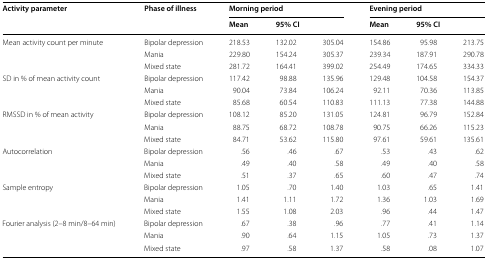
<table><thead><tr><td rowspan="2"><b>Activity parameter</b></td><td rowspan="2"><b>Phase of illness</b></td><td colspan="3"><b>Morning period</b></td><td colspan="3"><b>Evening period</b></td></tr><tr><td><b>Mean</b></td><td colspan="2"><b>95% CI</b></td><td><b>Mean</b></td><td colspan="2"><b>95% CI</b></td></tr></thead><tbody><tr><td rowspan="3">Mean activity count per minute</td><td>Bipolar depression</td><td>218.53</td><td>132.02</td><td>305.04</td><td>154.86</td><td>95.98</td><td>213.75</td></tr><tr><td>Mania</td><td>229.80</td><td>154.24</td><td>305.37</td><td>239.34</td><td>187.91</td><td>290.78</td></tr><tr><td>Mixed state</td><td>281.72</td><td>164.41</td><td>399.02</td><td>254.49</td><td>174.65</td><td>334.33</td></tr><tr><td rowspan="3">SD in % of mean activity count</td><td>Bipolar depression</td><td>117.42</td><td>98.88</td><td>135.96</td><td>129.48</td><td>104.58</td><td>154.37</td></tr><tr><td>Mania</td><td>90.04</td><td>73.84</td><td>106.24</td><td>92.11</td><td>70.36</td><td>113.85</td></tr><tr><td>Mixed state</td><td>85.68</td><td>60.54</td><td>110.83</td><td>111.13</td><td>77.38</td><td>144.88</td></tr><tr><td rowspan="3">RMSSD in % of mean activity</td><td>Bipolar depression</td><td>108.12</td><td>85.20</td><td>131.05</td><td>124.81</td><td>96.79</td><td>152.84</td></tr><tr><td>Mania</td><td>88.75</td><td>68.72</td><td>108.78</td><td>90.75</td><td>66.26</td><td>115.23</td></tr><tr><td>Mixed state</td><td>84.71</td><td>53.62</td><td>115.80</td><td>97.61</td><td>59.61</td><td>135.61</td></tr><tr><td rowspan="3">Autocorrelation</td><td>Bipolar depression</td><td>.56</td><td>.46</td><td>.67</td><td>.53</td><td>.43</td><td>.62</td></tr><tr><td>Mania</td><td>.49</td><td>.40</td><td>.58</td><td>.49</td><td>.40</td><td>.58</td></tr><tr><td>Mixed state</td><td>.51</td><td>.37</td><td>.65</td><td>.60</td><td>.47</td><td>.74</td></tr><tr><td rowspan="3">Sample entropy</td><td>Bipolar depression</td><td>1.05</td><td>.70</td><td>1.40</td><td>1.03</td><td>.65</td><td>1.41</td></tr><tr><td>Mania</td><td>1.41</td><td>1.11</td><td>1.72</td><td>1.36</td><td>1.03</td><td>1.69</td></tr><tr><td>Mixed state</td><td>1.55</td><td>1.08</td><td>2.03</td><td>.96</td><td>.44</td><td>1.47</td></tr><tr><td rowspan="3">Fourier analysis (2–8 min/8–64 min)</td><td>Bipolar depression</td><td>.67</td><td>.38</td><td>.96</td><td>.77</td><td>.41</td><td>1.14</td></tr><tr><td>Mania</td><td>.90</td><td>.64</td><td>1.15</td><td>1.05</td><td>.73</td><td>1.37</td></tr><tr><td>Mixed state</td><td>.97</td><td>.58</td><td>1.37</td><td>.58</td><td>.08</td><td>1.07</td></tr></tbody></table>